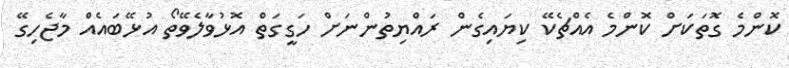
ކޮންމެ ގޮތަކަށް ކޮންމެ އެއްޗެކޭ ކިޔައިގެން ރައްޔިތުންނަށް ހަގީގަތް އޮޅުވާލެވޭތޯ އުޅޭބައެއް މާޖެހިގޭ